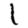
Digit: 1